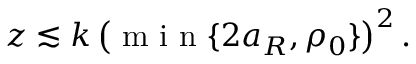
z \lesssim k \left( \mathrm { ~ m ~ i ~ n ~ } \{ 2 a _ { R } , \rho _ { 0 } \} \right) ^ { 2 } .